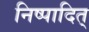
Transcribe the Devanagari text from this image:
निष्पादित्